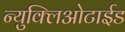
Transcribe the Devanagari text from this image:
न्युक्लिओटाईड